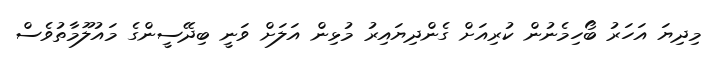
މިދިޔަ އަހަރު ބޯހިމެނުން ކުރިއަށް ގެންދިޔައިރު މުޅިން އަލަށް ވަނީ ބިދޭސީންގެ މައުލޫމާތުވެސް